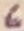
Text: 6